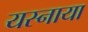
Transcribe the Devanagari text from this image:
यस्नाया